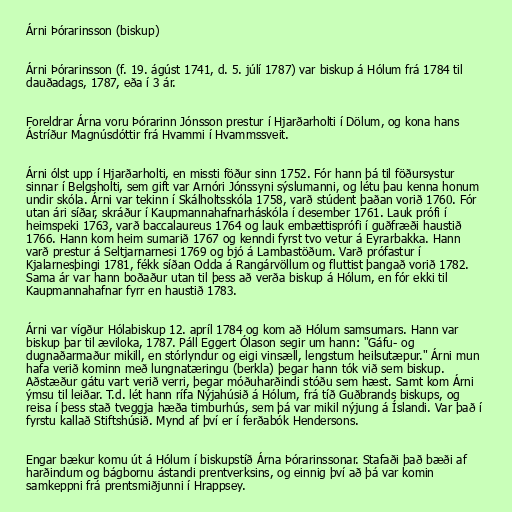
Árni Þórarinsson (biskup)

Árni Þórarinsson (f. 19. ágúst 1741, d. 5. júlí 1787) var biskup á Hólum frá 1784 til
dauðadags, 1787, eða í 3 ár.

Foreldrar Árna voru Þórarinn Jónsson prestur í Hjarðarholti í Dölum, og kona hans
Ástríður Magnúsdóttir frá Hvammi í Hvammssveit.

Árni ólst upp í Hjarðarholti, en missti föður sinn 1752. Fór hann þá til föðursystur
sinnar í Belgsholti, sem gift var Arnóri Jónssyni sýslumanni, og létu þau kenna honum
undir skóla. Árni var tekinn í Skálholtsskóla 1758, varð stúdent þaðan vorið 1760. Fór
utan ári síðar, skráður í Kaupmannahafnarháskóla í desember 1761. Lauk prófi í
heimspeki 1763, varð baccalaureus 1764 og lauk embættisprófi í guðfræði haustið
1766. Hann kom heim sumarið 1767 og kenndi fyrst tvo vetur á Eyrarbakka. Hann
varð prestur á Seltjarnarnesi 1769 og bjó á Lambastöðum. Varð prófastur í
Kjalarnesþingi 1781, fékk síðan Odda á Rangárvöllum og fluttist þangað vorið 1782.
Sama ár var hann boðaður utan til þess að verða biskup á Hólum, en fór ekki til
Kaupmannahafnar fyrr en haustið 1783.

Árni var vígður Hólabiskup 12. apríl 1784 og kom að Hólum samsumars. Hann var
biskup þar til æviloka, 1787. Páll Eggert Ólason segir um hann: "Gáfu- og
dugnaðarmaður mikill, en stórlyndur og eigi vinsæll, lengstum heilsutæpur." Árni mun
hafa verið kominn með lungnatæringu (berkla) þegar hann tók við sem biskup.
Aðstæður gátu vart verið verri, þegar móðuharðindi stóðu sem hæst. Samt kom Árni
ýmsu til leiðar. T.d. lét hann rífa Nýjahúsið á Hólum, frá tíð Guðbrands biskups, og
reisa í þess stað tveggja hæða timburhús, sem þá var mikil nýjung á Íslandi. Var það í
fyrstu kallað Stiftshúsið. Mynd af því er í ferðabók Hendersons.

Engar bækur komu út á Hólum í biskupstíð Árna Þórarinssonar. Stafaði það bæði af
harðindum og bágbornu ástandi prentverksins, og einnig því að þá var komin
samkeppni frá prentsmiðjunni í Hrappsey.